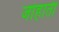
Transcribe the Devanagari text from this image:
जोहाती